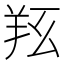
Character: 𦍝